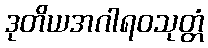
ဒုတိယအဂါရဝသုတ္တံ